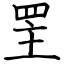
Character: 罜